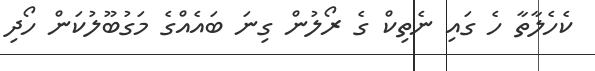
ކެހެލާތާ ހެ ގައި ނެތިކް ގެ ރޯލުން ގިނަ ބައެއްގެ މަގުބޫލުކަން ހޯދި